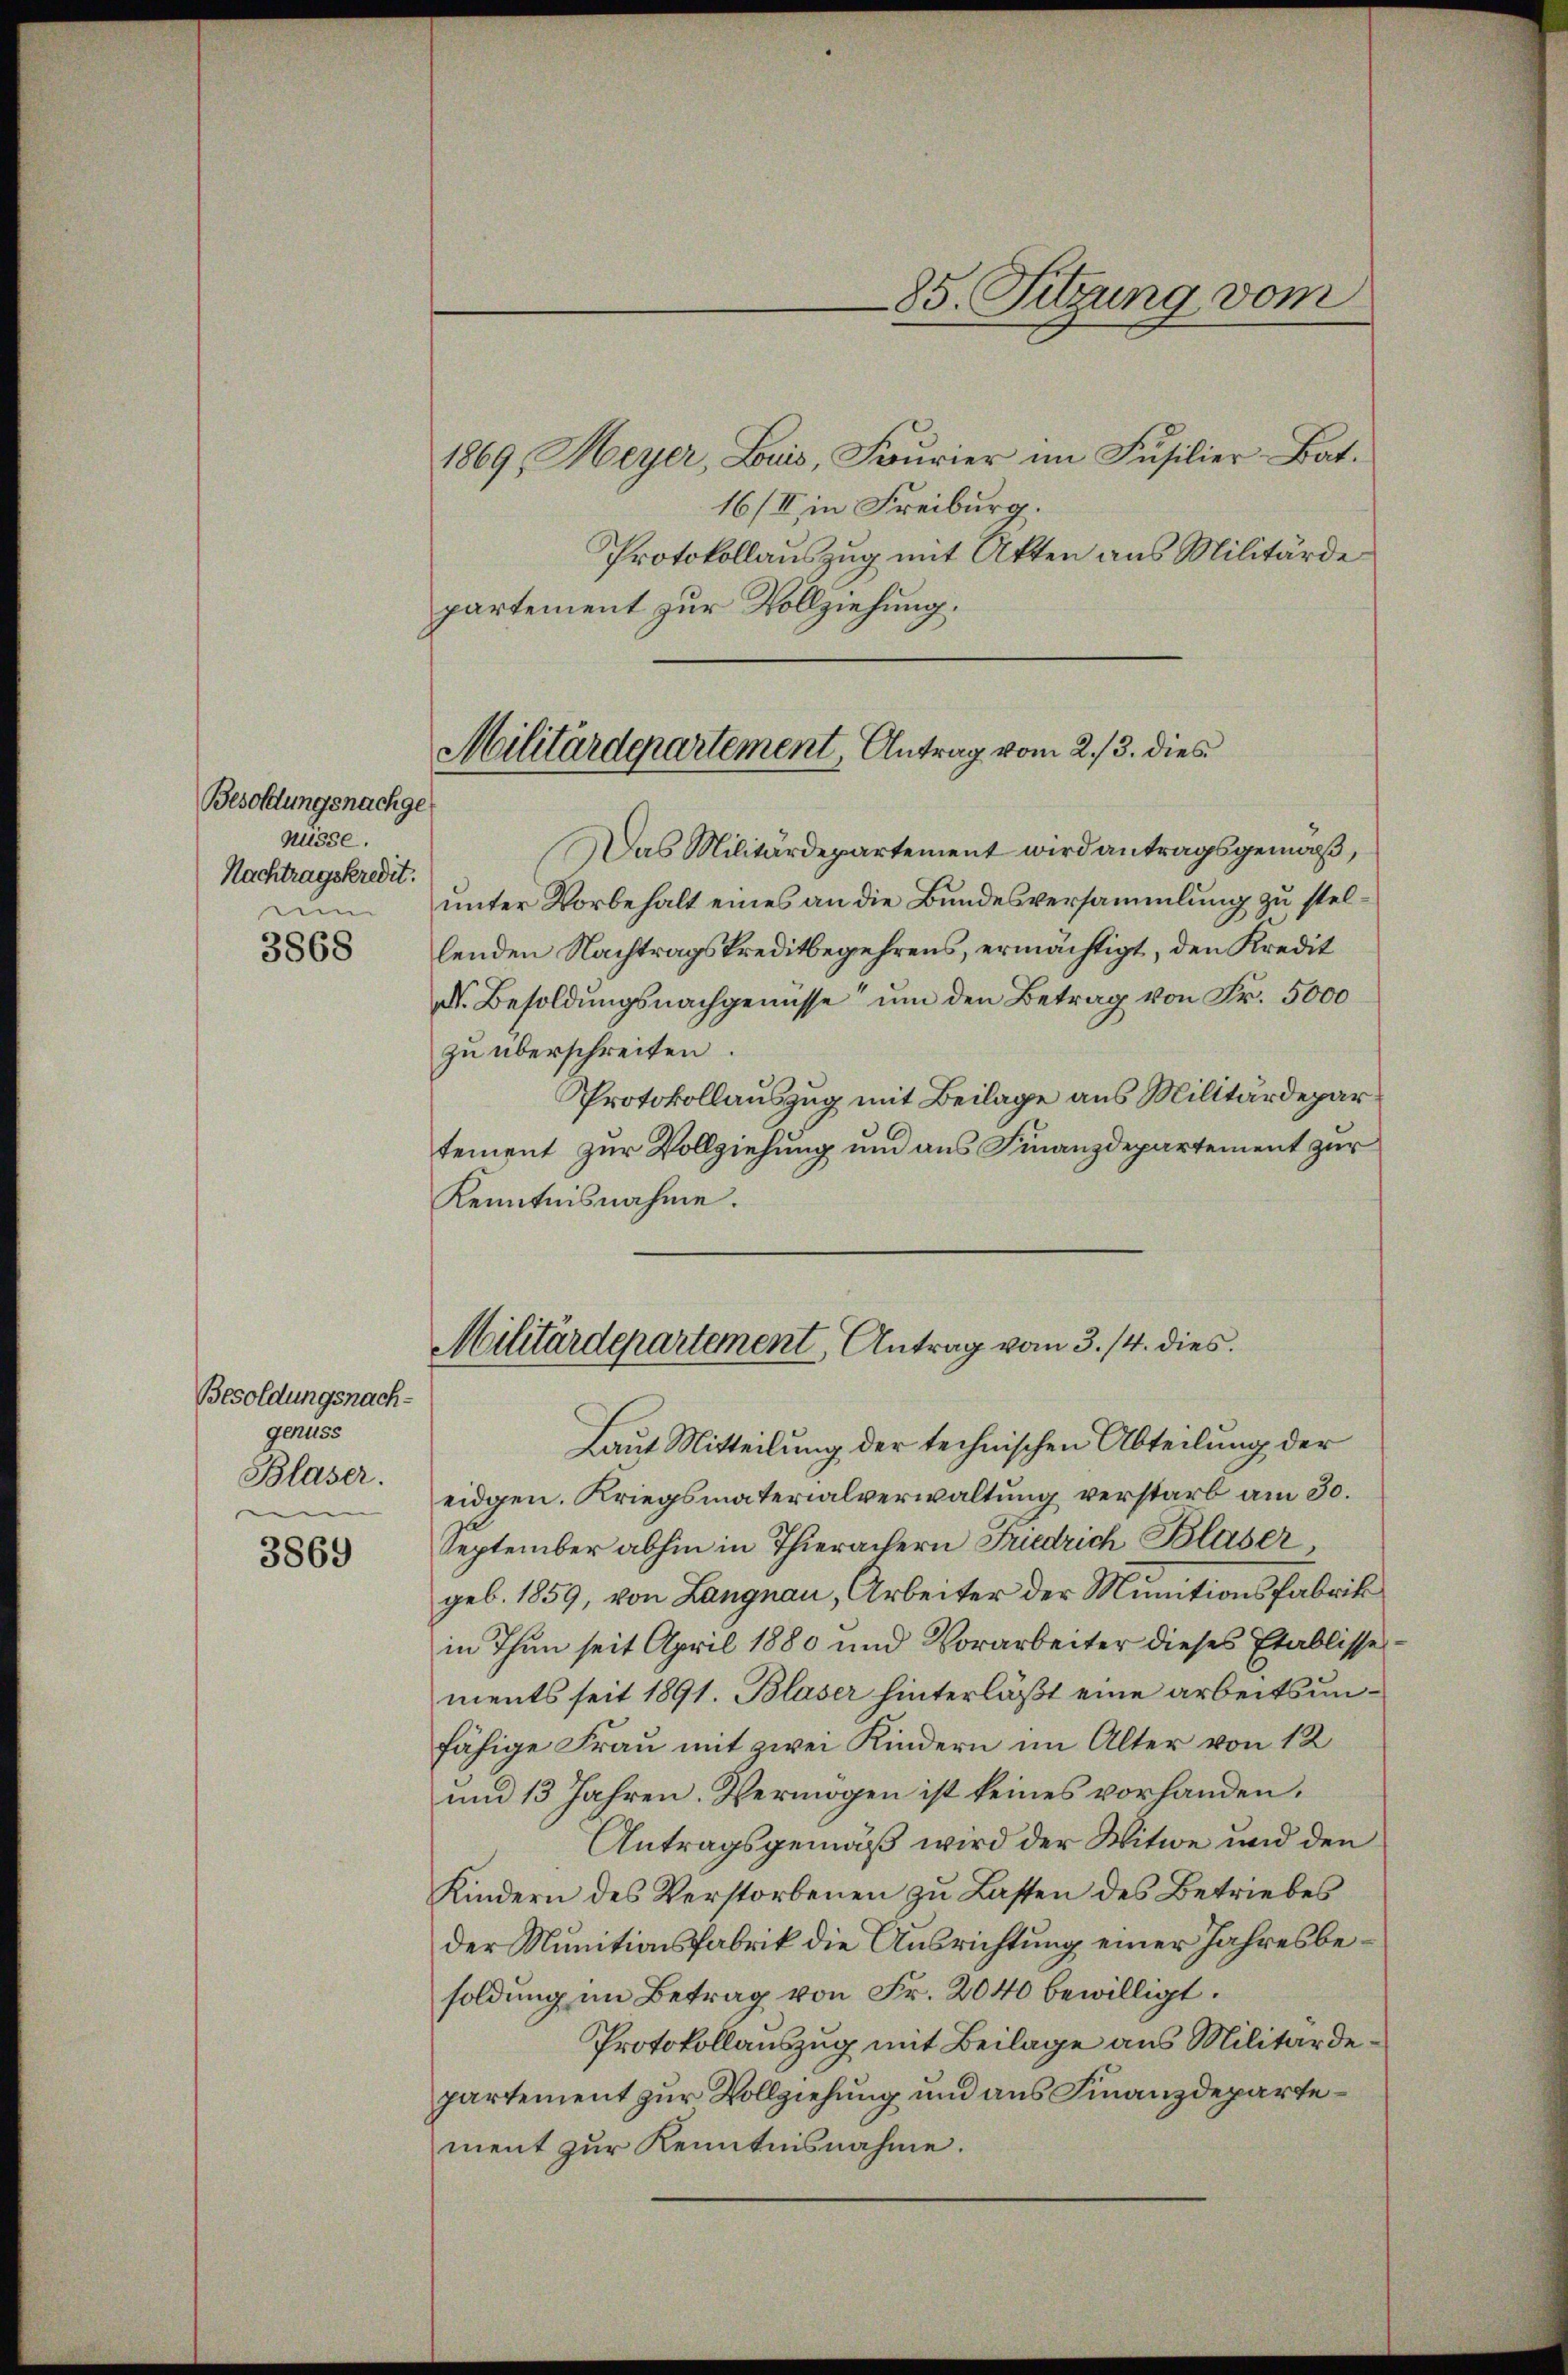
Besoldungsnachge
Nüsse.
Nachtragskredit.
nu

3868

Besoldungsnachgenuss
Blaser.

3869

Militärdepartement, Antrag vom 2./3. dies

1869, Meyer, Luis, Fourier im Füsilier-Bat.
16/II in Freiburg.
Protokollauszug mit Akten aus Militärde
partement zur Vollziehung.
Das Militärdepartement wird antragsgemäß,
unter Vorbehalt eines an die Bundesversammlung zu stellenden Nachtragskreditbegehrens, ermächtigt, den Kredit
d. Besoldŭngsnachgenusse ŭm den Betrag von Fr. 5000
zu überschreiten.
Protokollauszug mit Beilage aus Militärdepartement zur Vollziehung und aus Finanzdepartement zur
Kenntnisnahme.
Militärdepartement Antrag vom 3. 14. dies
Laut Mitteilung der technischen Abteilung der
eidgen. Kriegsmaterialverwaltung verstarb am 30.
September abhin in Thierachern Friedrich Blaser,
geb. 1859, von Langnau, Arbeiter der Munitionsfabrik
in Thun seit April 1880 und Vorarbeiter dieses Etablisse
ments seit 1891. Blaser hinterläßt eine arbeitsunfähige Frau mit zwei Kindern im Alter von 12
und 13 Jahren. Vermögen ist keines vorhanden.
Antragsgemäß wird der Witwe und den
Kindern des Verstorbenen zu Lasten des Betriebes
der Munitionsfabrik die Ausrichtung einer Jahresbesoldung im Betrag von Fr. 2040 bewilligt.
Protokollauszug mit Beilage aus Militärdepartement zur Vollziehung und aus Finanzdepartement zur Kenntnisnahme.

85. Sitzung vom